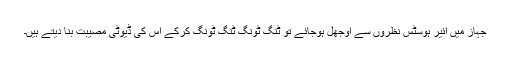
جہاز میں ائیر ہوسٹس نظروں سے اوجھل ہوجائے تو ٹنگ ٹونگ ٹنگ ٹونگ کرکے اس کی ڈیوٹی مصیبت بنا دیتے ہیں۔